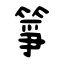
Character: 筝